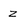
Character: z